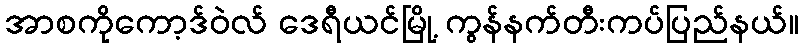
အာစကိုကော့ဒ်ဝဲလ် ဒေရီယင်မြို့ ကွန်နက်တီးကပ်ပြည်နယ်။